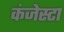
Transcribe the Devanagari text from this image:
कंजेस्टा